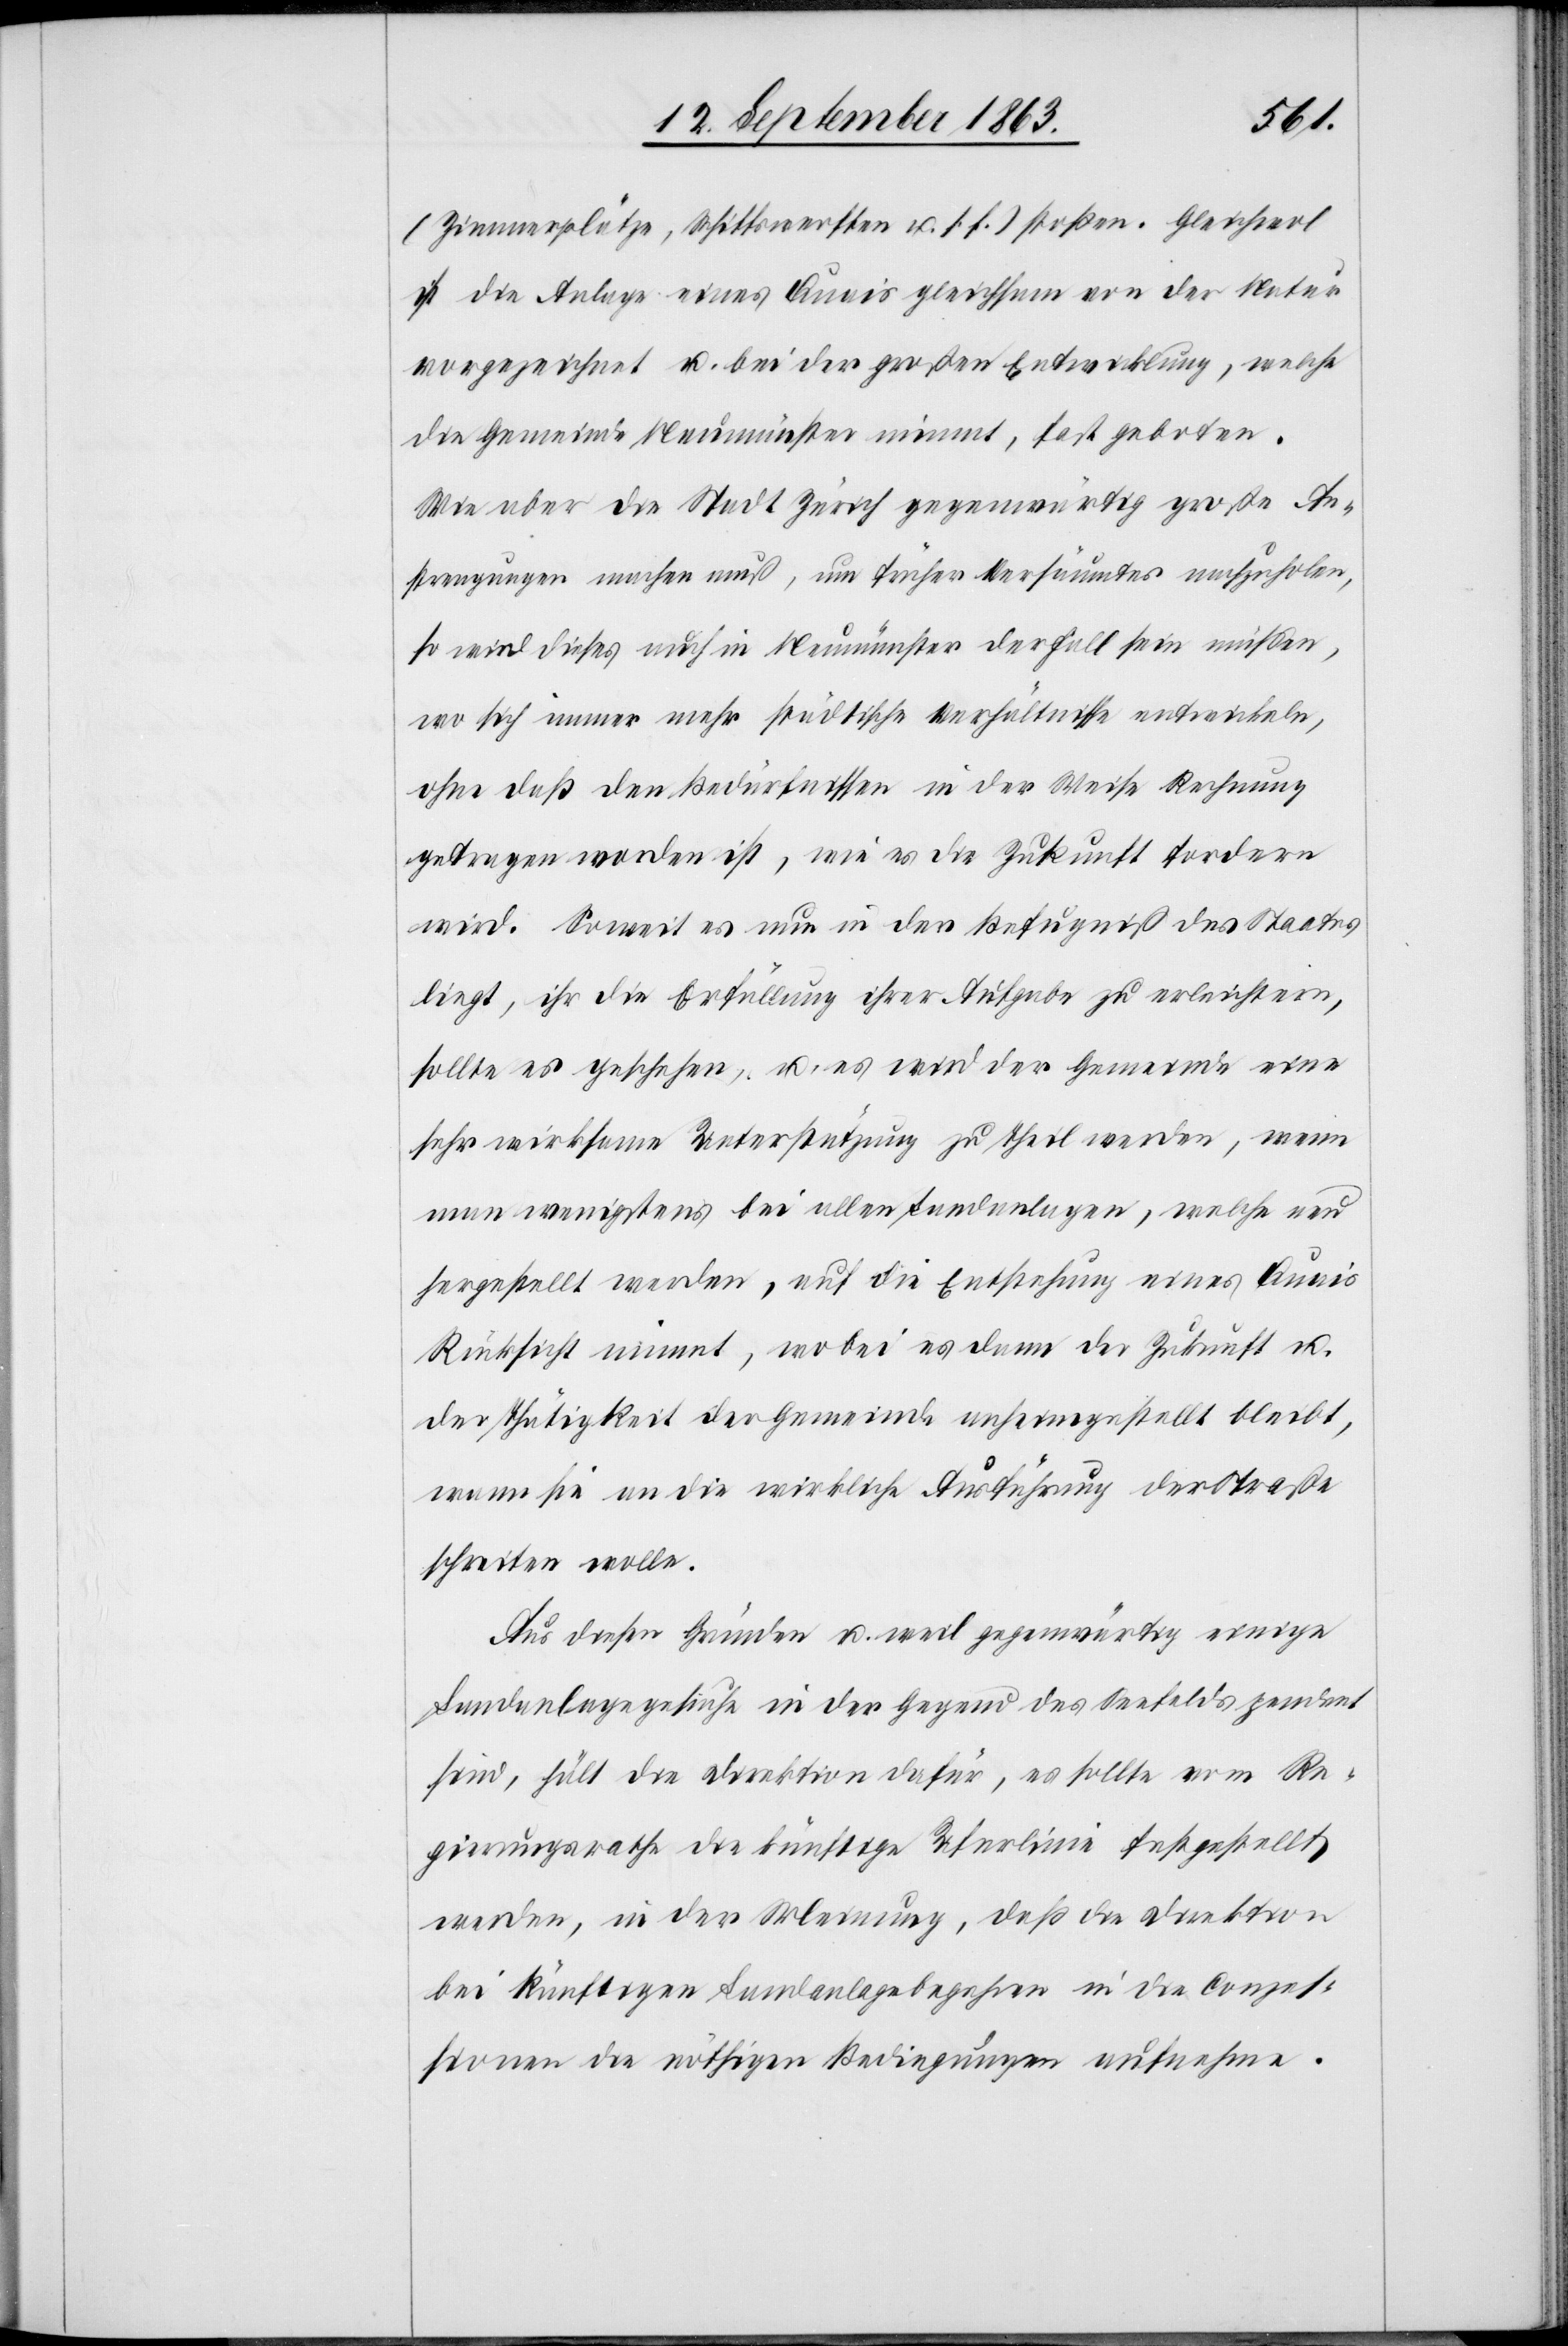
(Zimmerplätze, Schiffswerften u. s. f.) stoßen. Gleichwol
ist die Anlage eines Quais gleichsam von der Natur
vorgezeichnet u. bei der großen Entwicklung, welche
die Gemeinde Neumünster nimmt, fast geboten.
Wie aber die Stadt Zürich gegenwärtig große An¬
strengungen machen muß, um früher Versäumtes nachzuholen,
so wird dieses auch in Neumünster der Fall sein müßen,
wo sich immer mehr städtische Verhältnisse entwickeln,
ohne daß den Bedürfnissen in der Weise Rechnung
getragen worden ist, wie es die Zukunft fordern
wird. Soweit es nun in der Befugniß des Staates
liegt, ihr die Erfüllung ihrer Aufgabe zu erleichtern,
sollte es geschehen, u. es wird der Gemeinde eine
sehr wirksame Unterstützung zu Theil werden, wenn
man wenigstens bei allen Landanlagen, welche neu
hergestellt werden, auf die Entstehung eines Quais
Rücksicht nimmt, wobei es dann der Zukunft u.
der Thätigkeit der Gemeinde anheimgestellt bleibt,
wann sie an die wirkliche Ausführung der Straße
schreiten wolle.
Aus diesen Gründen u. weil gegenwärtig einige
Landanlagegesuche in der Gegend des Seefelds pendent
sind, hält die Direktion dafür, es sollte vom Re¬
gierungsrathe die künftige Uferlinie festgestellt
werden, in der Meinung, daß die Direktion
bei künftigen Landanlagebegehren in die Conzes¬
sionen die nöthigen Bedingungen aufnehme.